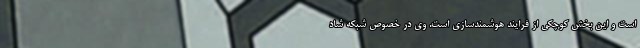
است و این بخش کوچکی از فرایند هوشمندسازی است. وی در خصوص شبکه شاد